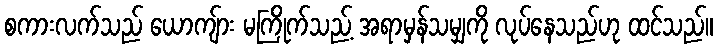
စကားလက်သည် ယောကျ်ား မကြိုက်သည့် အရာမှန်သမျှကို လုပ်နေသည်ဟု ထင်သည်။